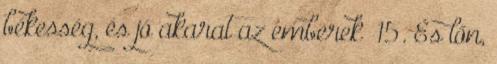
békesség, és jó akarat az emberek− 15. És lőn,